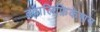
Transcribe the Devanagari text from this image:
क़्वालिफ़िकेशन